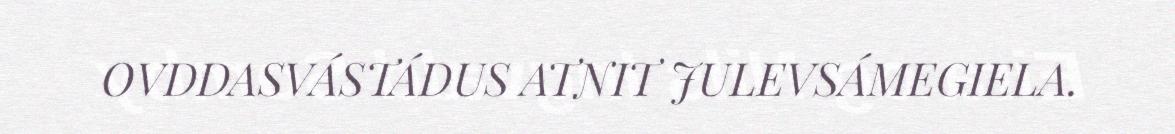
OVDDASVÁSTÁDUS ATNIT JULEVSÁMEGIELA.